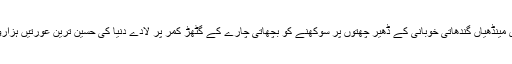
کھڑکیوں میں کھڑی مینڈھیاں گندھاتی خوبانی کے ڈھیر چھتوں پر سوکھنے کو بچھاتی چارے کے گٹھڑ کمر پر لادے دُنیا کی حسین ترین عورتیں ہزاروں فلش چمک گئے۔